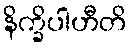
နိက္ခိပါဟီတိ